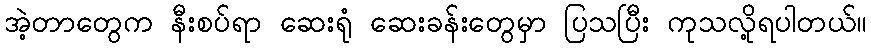
အဲ့တာတွေက နီးစပ်ရာ ဆေးရုံ ဆေးခန်းတွေမှာ ပြသပြီး ကုသလို့ရပါတယ်။